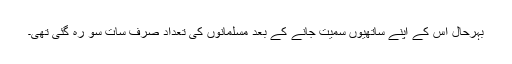
بہرحال اس کے اپنے ساتھیوں سمیت جانے کے بعد مسلمانوں کی تعداد صرف سات سو رہ گئی تھی۔